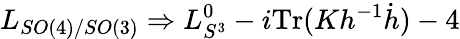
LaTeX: L_{SO(4)/SO(3)}\Rightarrow L_{S^{3}}^{0}-i\mathrm{Tr}(Kh^{-1}\dot{h})-4